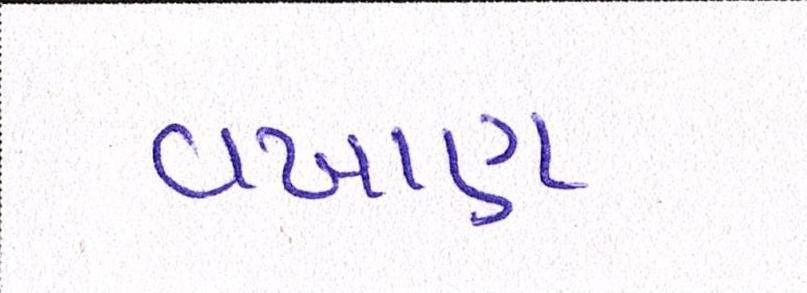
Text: વખાણ